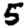
Digit: 5